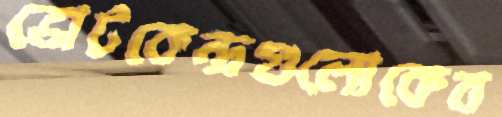
ভোটকেন্দ্রগুলোকেব